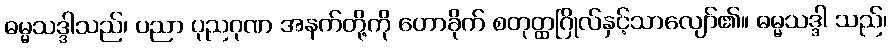
ဓမ္မသဒ္ဒါသည်၊ ပညာ ပုညဂုဏ အနက်တို့ကို ဟောခိုက် စတုတ္ထဂြိုလ်နှင့်သာလျော်၏။ ဓမ္မသဒ္ဒါ သည်၊